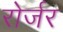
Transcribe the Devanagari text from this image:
रोर्जर